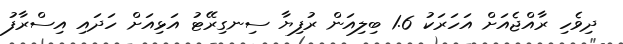
ދިވެހި ރާއްޖެއަށް އަހަރަކު 1.6 ބިލިއަން ރުފިޔާ ސިނގިރޭޓު އަޅިއަށް ހަދައި އިސްރާފު